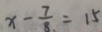
x - \frac { 7 } { 8 } = 1 5